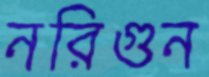
নরিগুন